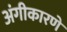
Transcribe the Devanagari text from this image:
अंगीकारणे